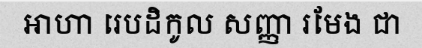
ឤហា រេបដិកូល សញ្ញា រមែង ជា